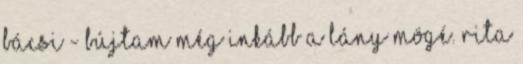
bácsi - Bújtam még inkább a lány mögé. Rita